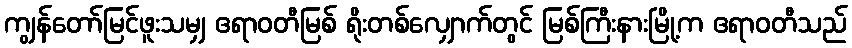
ကျွန်တော်မြင်ဖူးသမျှ ဧရာဝတီမြစ် ရိုးတစ်လျှောက်တွင် မြစ်ကြီးနားမြို့က ဧရာဝတီသည်